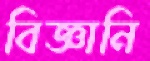
বিজ্ঞানি